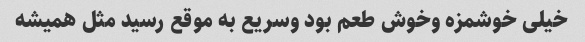
خیلی خوشمزه وخوش طعم بود وسریع به موقع رسید مثل همیشه